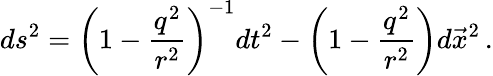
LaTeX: ds^{2}=\left(1-\frac{q^{2}}{r^{2}}\right)^{-1}dt^{2}-\left(1-\frac{q^{2}}{r^{2}}\right)d\vec{x}^{2}\, .